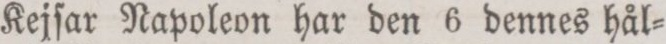
Kejſar Napoleon har den 6 dennes hål=